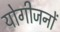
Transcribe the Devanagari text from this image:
योगीजनों